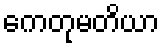
ကေတုမတိယာ